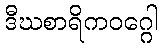
ဒီဃစာရိကဝဂ္ဂေါ